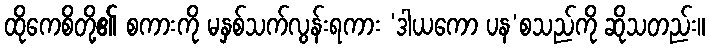
ထိုကေစိတို့၏ စကားကို မနှစ်သက်လွန်းရကား ‘ဒါယကော ပန’စသည်ကို ဆိုသတည်း။